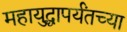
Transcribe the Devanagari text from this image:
महायुद्धापर्यंतच्या